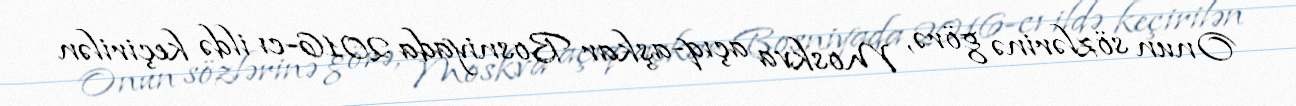
Onun sözlərinə görə, Moskva açıq-aşkar Bosniyada 2016-cı ildə keçirilən